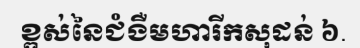
ខ្ពស់នៃជំងឺមហារីកសុដន់ ៦.